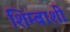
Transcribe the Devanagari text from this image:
शिम्बाशी